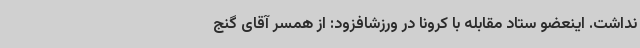
نداشت. اینعضو ستاد مقابله با کرونا در ورزشافزود: از همسر آقای گنج